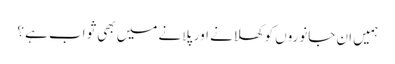
ہمیں ان جانوروں کو کھلانے اور پلانے میں بھی ثواب ہے ؟